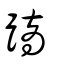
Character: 蹢